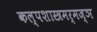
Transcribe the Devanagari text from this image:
कल्पशास्त्रमर्मज्ञ